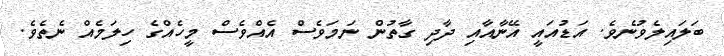
ބަލައިލެވުނެވެ. އަޑުއައީ އޭނާއާއި ދާދި ގާތުން ނަމަވެސް އެއްވެސް މީހެއްގެ ހިލަމެއް ނެތެވެ.